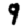
Digit: 9